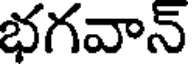
భగవాన్